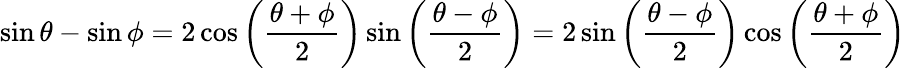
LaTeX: \sin\theta-\sin\phi=2\cos\left({\frac{\theta+\phi}{2}}\right)\sin\left({\frac{\theta-\phi}{2}}\right)=2\sin\left({\frac{\theta-\phi}{2}}\right)\cos\left({\frac{\theta+\phi}{2}}\right)